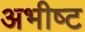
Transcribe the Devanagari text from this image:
अभीष्‍ट